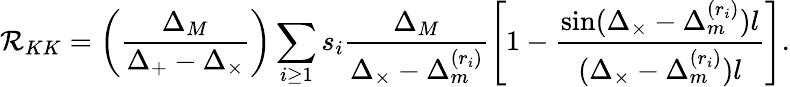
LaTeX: {\cal\mathcal{R}}_{KK}=\left(\frac{{\Delta_{M}}}{{\Delta_{+}-\Delta_{\times}}}\right)\sum_{i\geq1}s_{i}\frac{{\Delta_{M}}}{{\Delta_{\times}-\Delta_{m}^{(r_{i})}}}\left[1-\frac{{\sin(\Delta_{\times}-\Delta_{m}^{(r_{i})})l}}{{(\Delta_{\times}-\Delta_{m}^{(r_{i})})l}}\right].